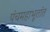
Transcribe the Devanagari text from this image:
पंचमहाभूतांत